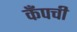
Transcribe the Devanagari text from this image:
कँपची